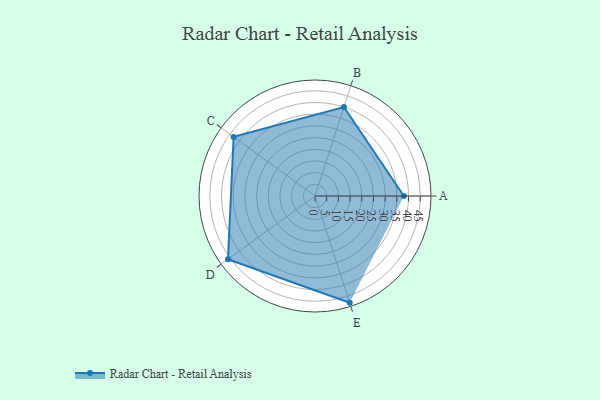
{"axis": {"x": "Skill", "y": "Score"}, "legend": ["Profile"], "data": [{"x": "A", "y": 38.0, "type": "Profile"}, {"x": "B", "y": 40.0, "type": "Profile"}, {"x": "C", "y": 43.0, "type": "Profile"}, {"x": "D", "y": 46.0, "type": "Profile"}, {"x": "E", "y": 48.0, "type": "Profile"}]}